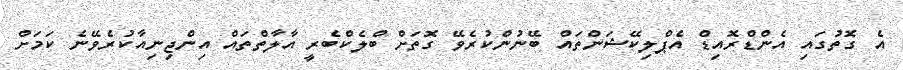
އެ ގޮތުގައި އެންޑްރޮއިޑް އެޕްލިކޭޝަންތައް ބޭނުންކުރެވޭ ގޮތަށް ބްލެކްބެރީ އާލާތްތައް އިންޖިނިއާކުރެވޭނެ ކަމަށް